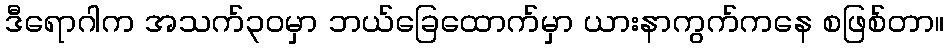
ဒီရောဂါက အသက်၃၀မှာ ဘယ်ခြေထောက်မှာ ယားနာကွက်ကနေ စဖြစ်တာ။